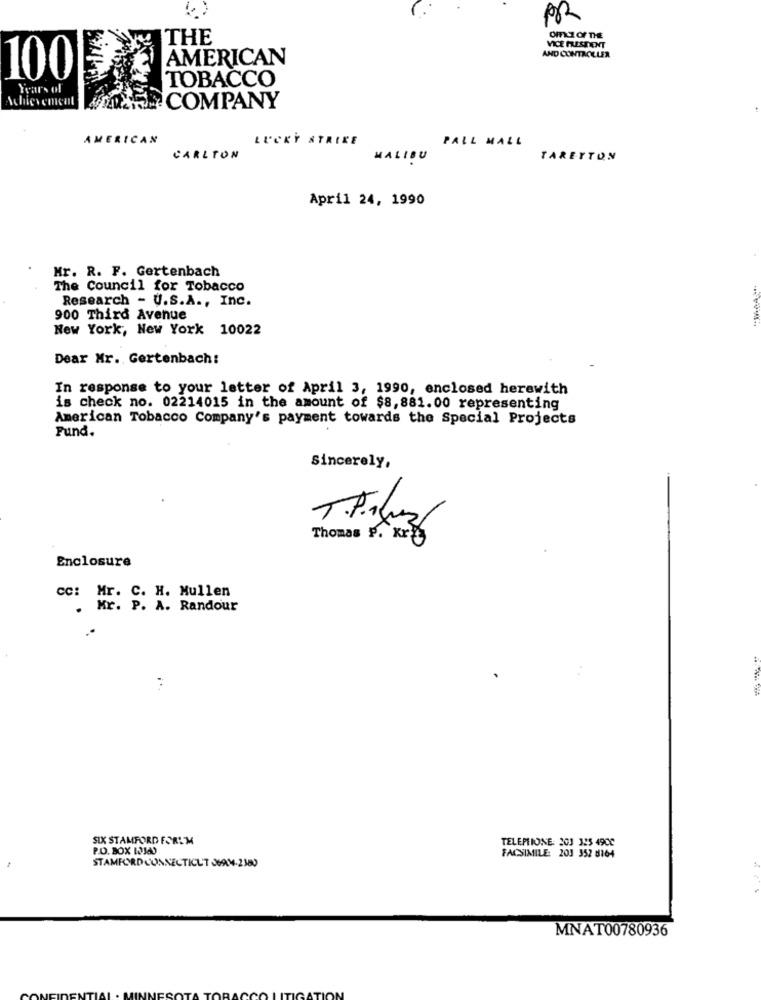
PR
THE
OmZ OF THE
VICE PRESIDENT
AMERICAN
AND CONTROLLER
100
TOBACCO
Years of
Achievement
COMPANY
AMERICAN
LUCKY STRIKE
PALL MALL
CARLTON
MALIBU
TARETTON
April 24, 1990
Mr. R. F. Gertenbach
The Council for Tobacco
Research - U.S.A ., Inc.
900 Third Avenue
New York, New York 10022
Dear Mr. Gertenbach:
In response to your letter of April 3, 1990, enclosed herewith
is check no. 02214015 in the amount of $8,881.00 representing
American Tobacco Company's payment towards the Special Projects
Fund.
Sincerely,
TPiluz
Thomas P. Kry
Enclosure
cc: Mr. C. H. Mullen
. Mr. P. A. Randour
SIX STAMFORD FORUM
TELEPHONE: 203 325 49CC
P.O. BOX 12340
FACSIMILE: 203 352 8164
STAMFORDCONNECTICUT JU9M-2380
MNAT00780936